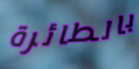
بالطائرة